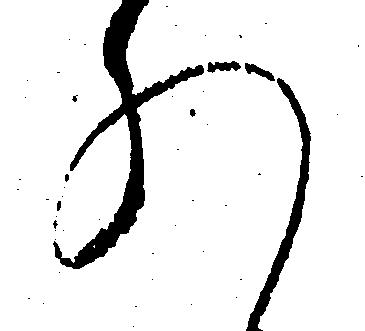
れ